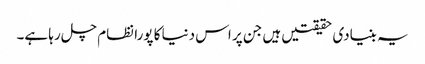
یہ بنیادی حقیقتیں ہیں جن پر اس دنیا کا پورا نظام چل رہا ہے۔